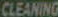
CLEANING